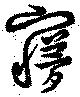
夢